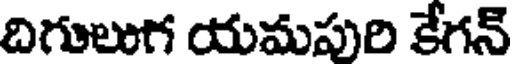
దిగులుగ యమపురి కేగన్